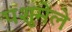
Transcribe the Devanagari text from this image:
पशुमेले